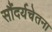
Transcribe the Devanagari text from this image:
सौंदर्यचेतना